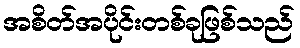
အစိတ်အပိုင်းတစ်ခုဖြစ်သည်